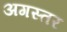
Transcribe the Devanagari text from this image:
अगस्तर